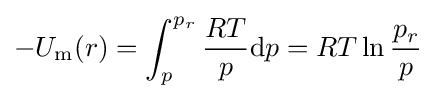
-U_{\rm {m}}(r)=\int _{p}^{p_{r}}{\frac {RT}{p}}\mathrm {d} p=RT\ln {\frac {p_{r}}{p}}